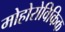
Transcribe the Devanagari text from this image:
मोहोरोविकिक